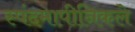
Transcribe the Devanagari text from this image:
स्पंदमापीनिकले